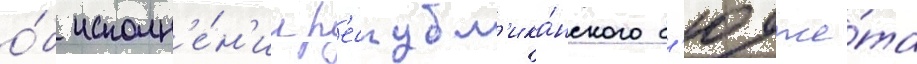
о́б исполн'е́н'ии р'еспубл'ика́нского б'юдже́та